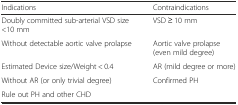
| Indications | Contraindications |
 | --- | --- |
 | Doubly committed sub-arterial VSD size <10 mm | VSD ≥ 10 mm |
 | Without detectable aortic valve prolapse | Aortic valve prolapse (even mild degree) |
 | Estimated Device size/Weight < 0.4 | AR (mild degree or more) |
 | Without AR (or only trivial degree) | Confirmed PH |
 | Rule out PH and other CHD |  |